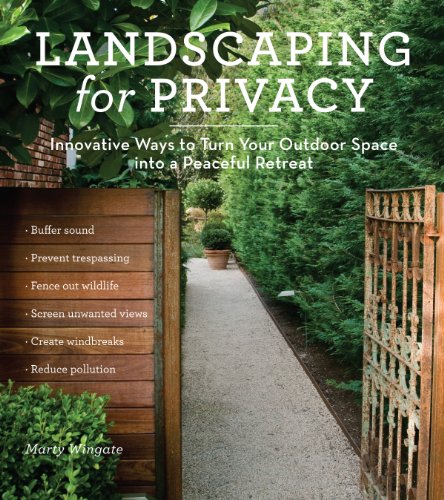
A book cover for Landscaping for Privacy: Innovative Ways to Turn Your Outdoor Space into a Peaceful Retreat; Marty Wingate; Crafts, Hobbies & Home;